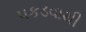
પકડવાથી